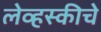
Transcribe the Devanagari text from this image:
लेव्हस्कीचे